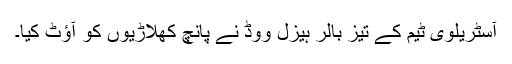
آسٹریلوی ٹیم کے تیز بالر ہیزل ووڈ نے پانچ کھلاڑیوں کو آؤٹ کیا۔